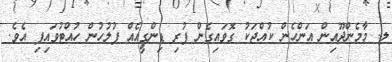
ލ. މާމެންދޫއިން އަންހެން ކުއްޖަކު ގޮވައިގެން ފުރި ޑިންގީއެއް ފުލުހުން ހުއްޓުވައިފި އެވެ.